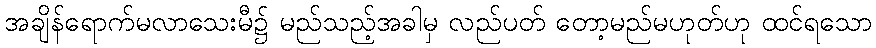
အချိန်ရောက်မလာသေးမီ၌ မည်သည့်အခါမှ လည်ပတ် တော့မည်မဟုတ်ဟု ထင်ရသော